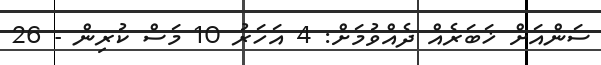
ސަންއަށް ޚަބަރެއް ދެއްވުމަށް: 4 އަހަރު 10 މަސް ކުރިން - 26